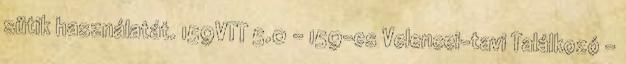
sütik használatát. 159VTT 5.0 - 159-es Velencei-tavi Találkozó -